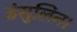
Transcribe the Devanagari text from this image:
इंसुलिन।